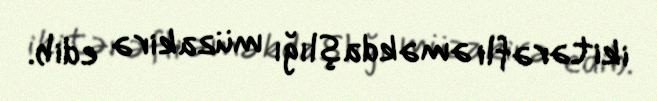
ikitərəfli əməkdaşlığı müzakirə edib.